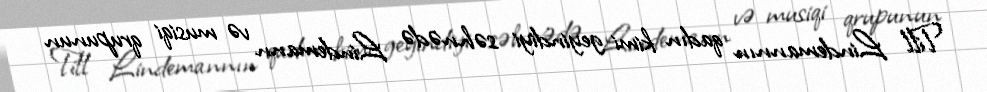
Till Lindemannın qadın kimi geyindiyi səhnədə Lindemann və musiqi qrupunun